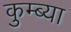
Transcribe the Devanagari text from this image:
कुम्ब्या